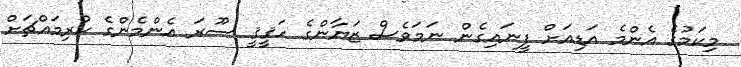
މިކަމުގެ އެންމެ އަޑިއަށް ފީނައިގެން ނަމަވެސް ޒަޔާންގެ ޙަޤީޤީ ސޫރަ އެންމެންގެ ކުރިމައްޗަށް